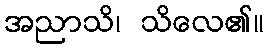
အညာသိ၊ သိလေ၏။